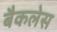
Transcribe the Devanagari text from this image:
बैकलेस